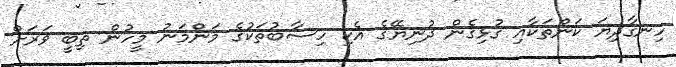
ހިނގާދިޔަ ކަންތަކާއި ގުޅިގެން ދުނިޔޭގެ އެކި ހިސާބުތަކުގެ މަންމަނު މީހުން ތިބީ ވަރަށް